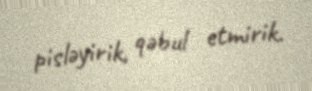
pisləyirik, qəbul etmirik.